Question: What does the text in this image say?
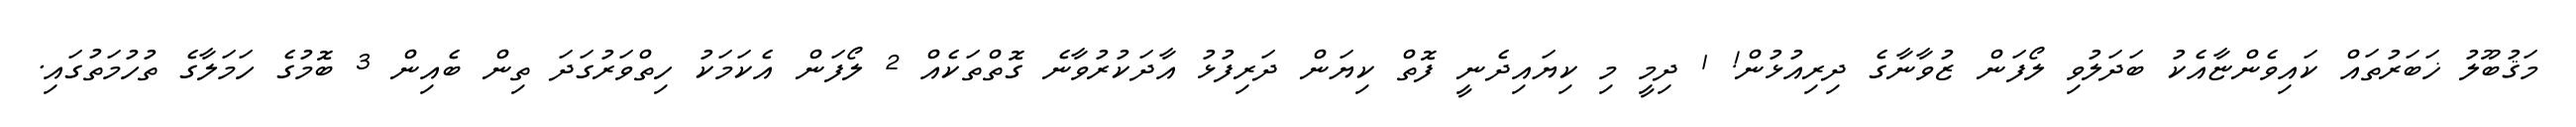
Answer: މަޤުބޫލު ޚަބަރުތައް ކައިވެންޏާއެކު ބަދަލުވި ލޯފަން ޒުވާނާގެ ދިރިއުޅުން! 1 ދިމީ މި ކިޔައިދެނީ ފޮތް ކިޔަން ދަރިފުޅު އާދަކުރުވާނެ ގޮތްތަކެއް 2 ލޯފަން އެކަމަކު ހިތްވަރުގަދަ ތިން ބެއިން 3 ބޮމުގެ ހަމަލާގެ ތުހުމަތުގައި.